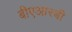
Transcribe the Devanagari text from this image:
बीएआरबी